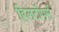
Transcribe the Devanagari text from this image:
हिलटॉपर्स